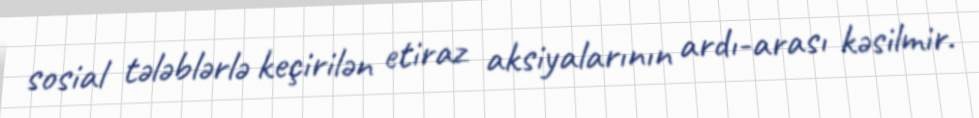
sosial tələblərlə keçirilən etiraz aksiyalarının ardı-arası kəsilmir.